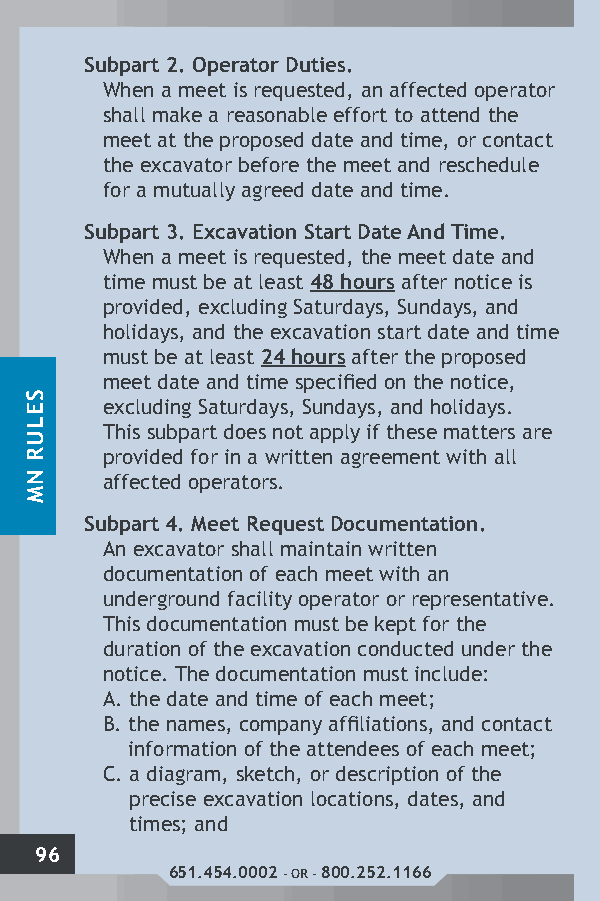
Subpart 2. Operator Duties.
 When a meet is requested, an affected operator
 shall make a reasonable effort to attend the
 meet at the proposed date and time, or contact
 the excavator before the meet and reschedule
 for a mutually agreed date and time.
 Subpart 3. Excavation Start Date And Time.
 When a meet is requested, the meet date and
 time must be at least 48 hours after notice is
 provided, excluding Saturdays, Sundays, and
 holidays, and the excavation start date and time
 must be at least 24 hours after the proposed
 meet date and time specified on the notice,
 excluding Saturdays, Sundays, and holidays.
 This subpart does not apply if these matters are
 provided for in a written agreement with all
 affected operators.
 Subpart 4. Meet Request Documentation.
 An excavator shall maintain written
 documentation of each meet with an
 underground facility operator or representative.
 This documentation must be kept for the
 duration of the excavation conducted under the
 notice. The documentation must include:
 A. the date and time of each meet;
 B. the names, company affiliations, and contact
 information of the attendees of each meet;
 C. a diagram, sketch, or description of the
 precise excavation locations, dates, and
 times; and
 96
 651.454.0002 - OR - 800.252.1166
 SELUR
 NM